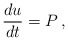
\begin{align*}\frac{du}{dt}=P\,,\end{align*}